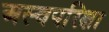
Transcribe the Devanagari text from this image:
अस्वपरिक्षा